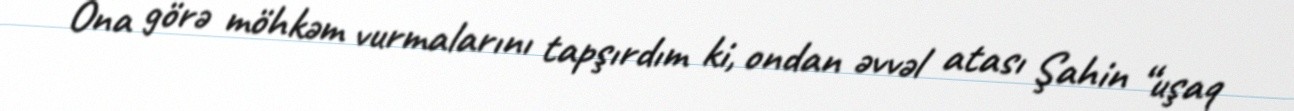
Ona görə möhkəm vurmalarını tapşırdım ki, ondan əvvəl atası Şahin “uşaq